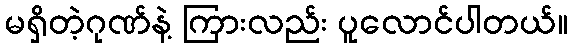
မရှိတဲ့ဂုဏ်နဲ့ ကြားလည်း ပူလောင်ပါတယ်။